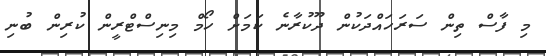
މި ފާސް ތިން ސަރަހައްދަކުން ދޫކުރާނެ ކަމަށް ހޯމް މިނިސްޓްރީން ކުރިން ބުނި